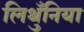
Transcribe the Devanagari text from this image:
लिथुँनिया